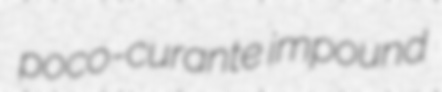
poco-curante impound